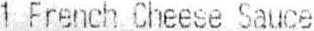
1 FRENCH CHEESE SAUCE